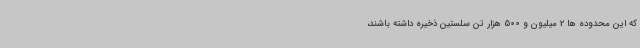
که این محدوده ها 2 میلیون و 500 هزار تن سلستین ذخیره داشته باشند،